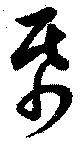
紙